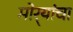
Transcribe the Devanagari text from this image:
मोर्‍यांचा